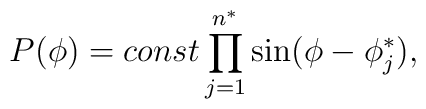
P(\phi) = const \prod_{j=1}^{n^{\ast}} \sin(\phi-\phi^{\ast}_j),